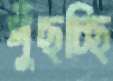
পুঁছচ্ছি